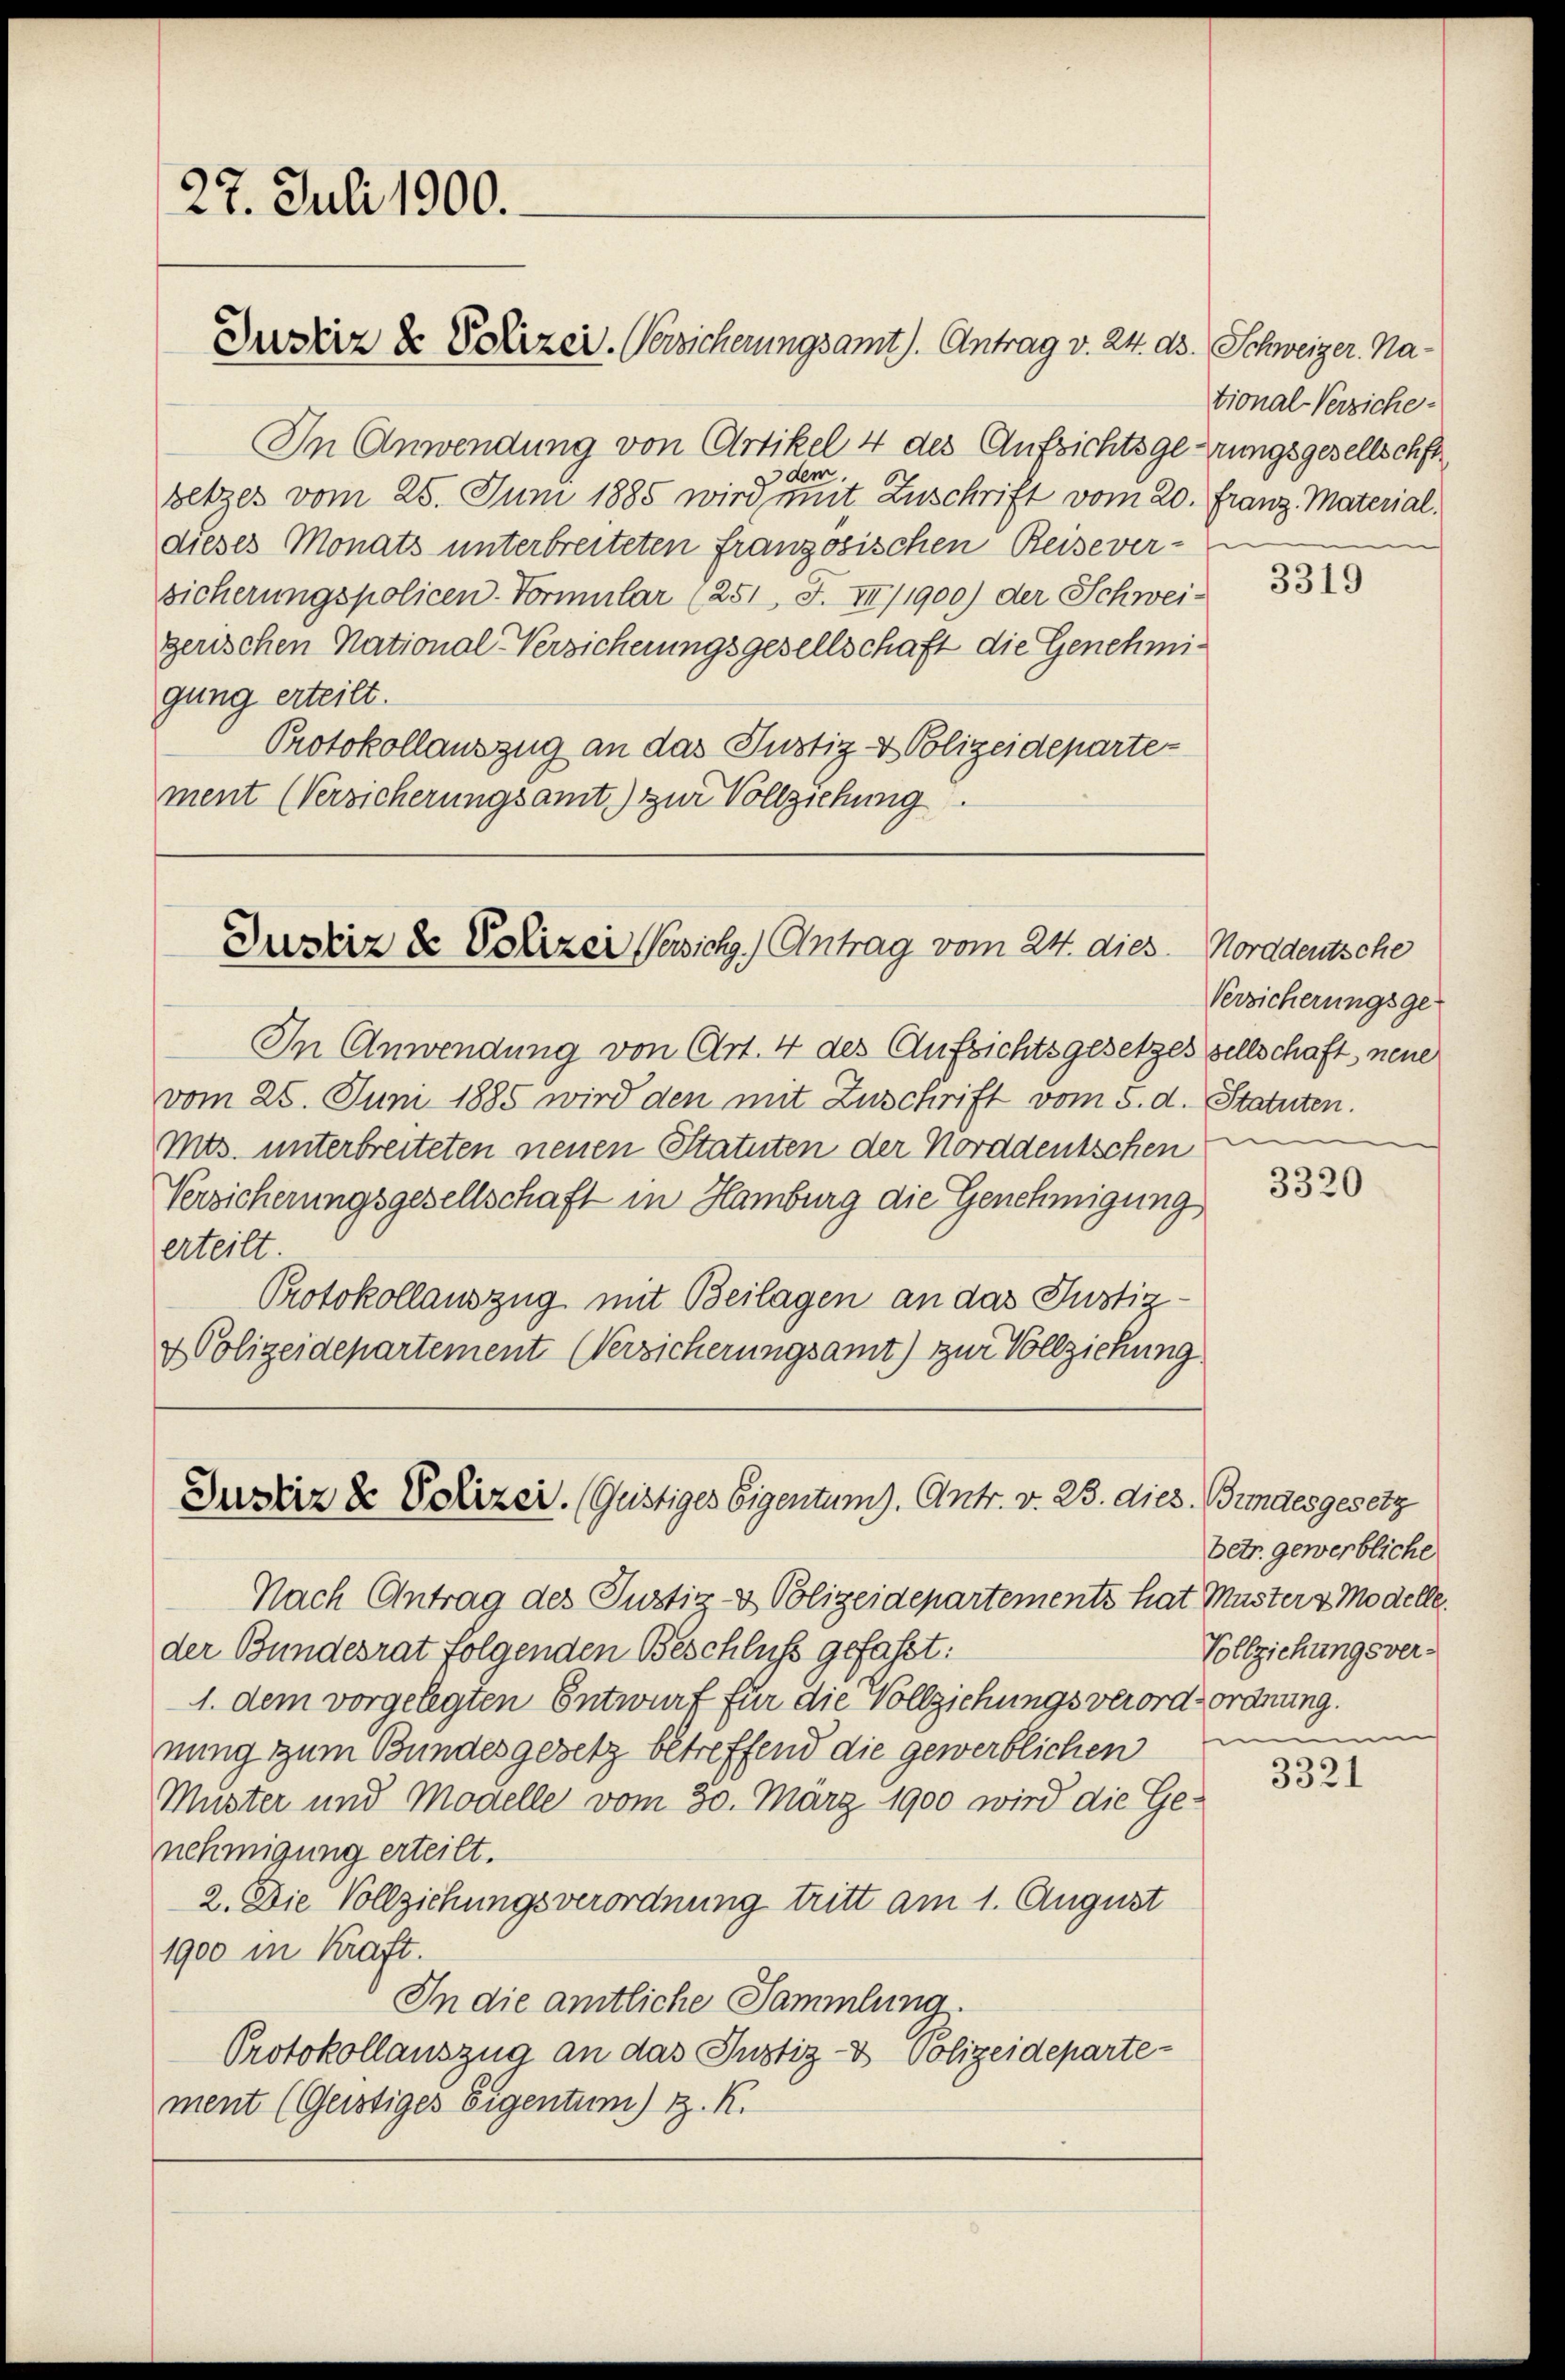
In Anwendung von Artikel 4 des Aufsichtsgerungsgesellschft
dem.
betzes vom 25. Juni 1885 wird mit Zuschrift vom 20. Franz Material,
dieses Monats unterbreiteten französischen Reisever-
sicherungspolicen-Formular (251 F. III/1900) der Schweigerischen National-Versicherungsgesellschaft die Genehmigung erteilt.
Protokollauszug an das Justiz- & Polizeideparte-
ment (Versicherungsamt) zur Vollziehung.

27. Juli 1900.

Dursirz & Polizer. Versicherungsamt). Antrag v. 24. ds. Schweizer, Na¬

Justiz & Polizei Versich.) Antrag vom 24. dies. Norddeutsche

Justiz & Polizei. (Güstiges Eigentum). Antr. v. 23. dies. Bundesgesetz

tional-Verziche

In Anwendung von Art. 4 des Aufsichtsgesetzes sellschaft neue
vom 25. Juni 1885 wird den mit Zuschrift vom 5. d. Statuten.
mts. unterbreiteten neuen Statuten der Norddeutschen
Versicherungsgesellschaft in Hamburg die Genehmigung
erteilt.
Protokollauszug mit Beilagen an das Justiz¬
& Polizeidepartement Versicherungsamt) zur Vollziehung

Nach Antrag des Justiz- & Polizeidepartements hat Muster & Modelle.
der Bundesrat folgenden Beschluß gefasst:
1. dem vorgelegten Entwurf für die Vollziehungsverord- ordnung.
nung zum Bundesgesetz betreffend die gewerblichen
Muster und Modelle vom 30. März 1900 wird die Genehmigung erteilt.
2. Die Vollziehungsverordnung tritt am 1. August
1900 in Kraft.
In die amtliche Sammlung.
Protokollauszug an das Justiz- & Polizeideparte-
ment (Geistiges Eigentum) z. K.

3319

Versicherungsge-
e

3320

betr. gewerbliche
Vollziehungsver-

m
3321